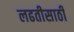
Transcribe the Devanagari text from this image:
लढतीसाठी